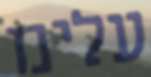
עלינו